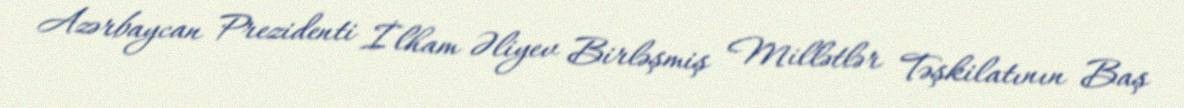
Azərbaycan Prezidenti İlham Əliyev Birləşmiş Millətlər Təşkilatının Baş